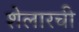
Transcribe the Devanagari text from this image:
शेलारची